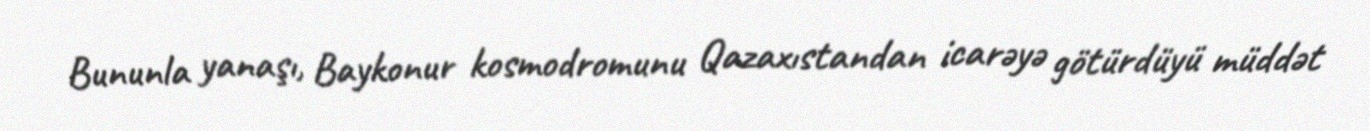
Bununla yanaşı, Baykonur kosmodromunu Qazaxıstandan icarəyə götürdüyü müddət